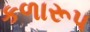
કળારૂપ